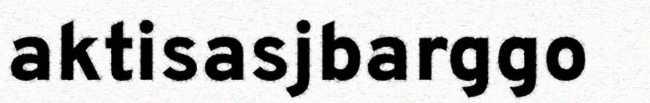
aktisasjbarggo